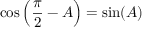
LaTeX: \cos \left( { \frac { \pi } { 2 } } - A \right) = \sin ( A )